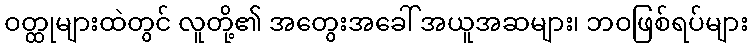
ဝတ္ထုများထဲတွင် လူတို့၏ အတွေးအခေါ် အယူအဆများ၊ ဘဝဖြစ်ရပ်များ